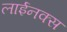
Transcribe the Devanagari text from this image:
लाईनक्स